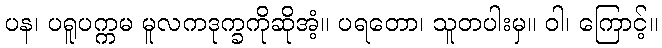
ပန၊ ပရူပက္ကမ မူလကဒုက္ခကိုဆိုအံ့။ ပရတော၊ သူတပါးမှ။ ဝါ၊ ကြောင့်။